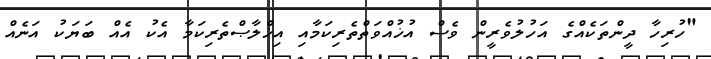
"ހުރިހާ ދީންތަކެއްގެ އަހުލުވެރީން ވެސް އުޚުއްވަތްތެރިކަމާއި އިޚްލާޞްތެރިކަމާ އެކު އެއް ބަޔަކު އަނެއް